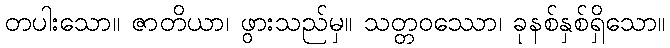
တပါးသော။ ဇာတိယာ၊ ဖွားသည်မှ။ သတ္တဝဿော၊ ခုနစ်နှစ်ရှိသော။